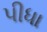
પીધા